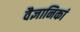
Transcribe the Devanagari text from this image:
वैज्ञानिकां